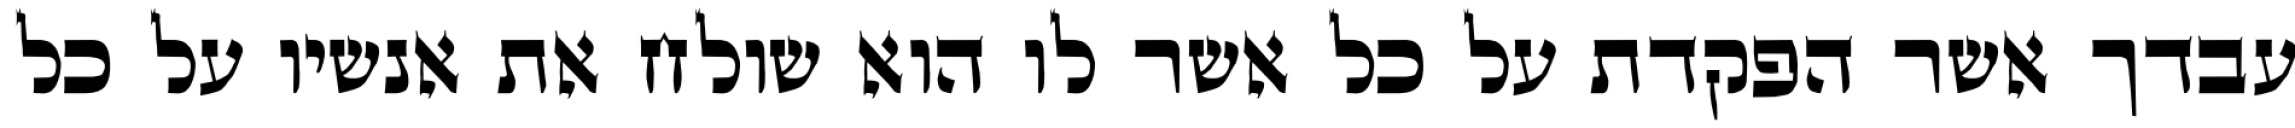
עבדך אשר הפקדת על כל אשר לו הוא שולח את אנשיו על כל